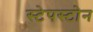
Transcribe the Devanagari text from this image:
स्टेपस्टोन